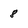
Character: 8